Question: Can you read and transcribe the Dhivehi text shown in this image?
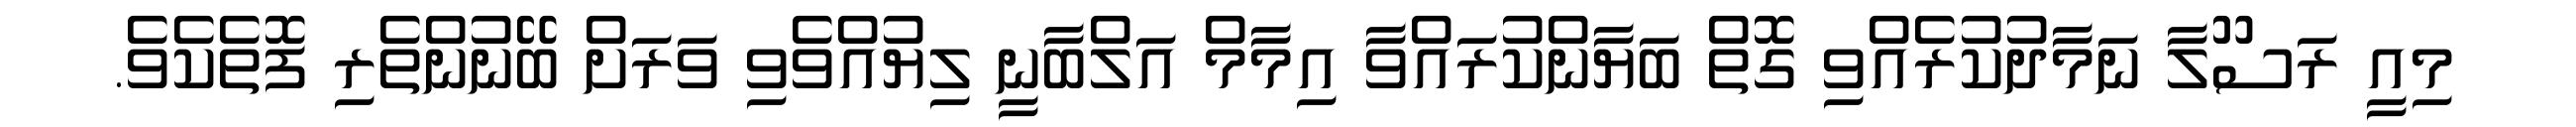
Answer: މިއީ ރަސޫލާ ނަމާދުކުރެއްވި ގޮތް ބަޔާންކުރައްވާ އިމާމް އަލްބާނީ ލިޔުއްވެވި ވަރަށް ބޭނުންތެރި ފޮތެކެވެ.